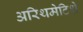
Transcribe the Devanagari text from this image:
अरिथमेटिशे